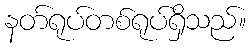
နတ်ရုပ်တစ်ရုပ်ရှိသည်။